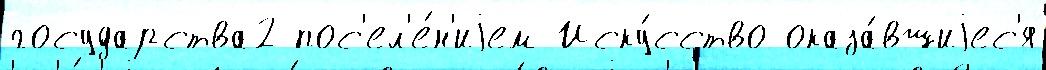
государства2 пос'ел'е́н'иjем Иску́сство оказа́вшиjес'я